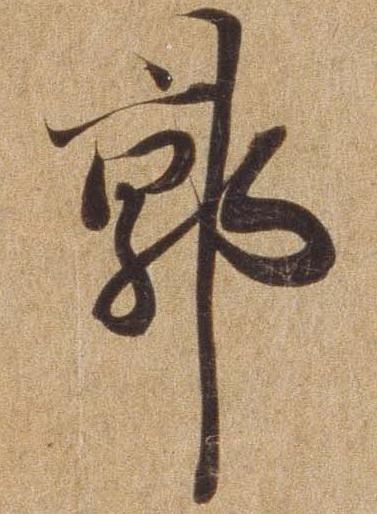
郭